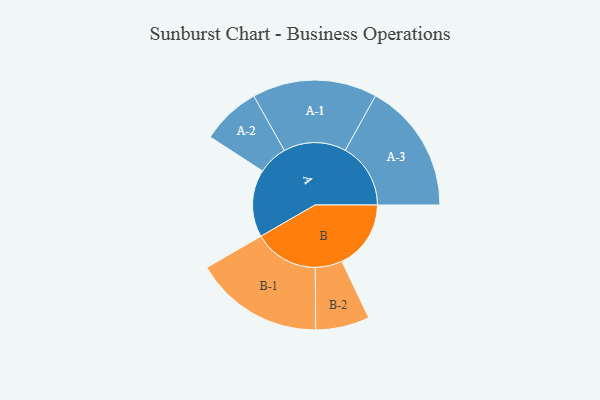
{"axis": {"x": "Segment", "y": "Value"}, "legend": ["", "A", "B"], "data": [{"x": "A", "y": 255, "type": ""}, {"x": "B", "y": 261, "type": ""}, {"x": "A-1", "y": 236, "type": "A"}, {"x": "A-2", "y": 112, "type": "A"}, {"x": "A-3", "y": 247, "type": "A"}, {"x": "B-1", "y": 244, "type": "B"}, {"x": "B-2", "y": 102, "type": "B"}]}